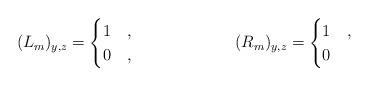
LaTeX: \begin{align*}(L_m)_{y,z} = \begin{cases}1 & , \\0 & ,\end{cases}&&(R_m)_{y,z} = \begin{cases}1 & , \\0 & \end{cases}\end{align*}